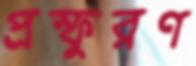
প্রস্ফুরণ